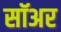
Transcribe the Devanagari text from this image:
सॉअर